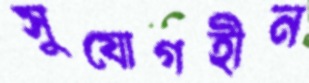
সুযোগহীন